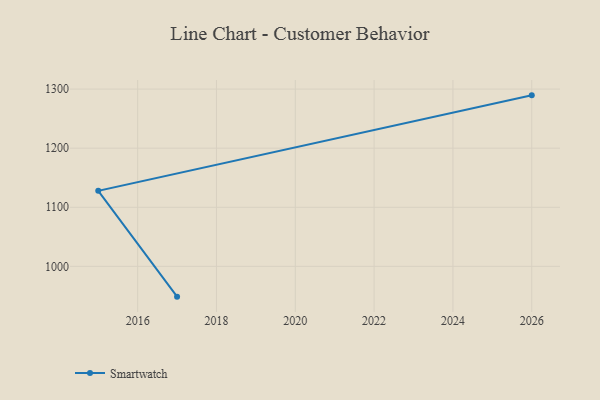
{"axis": {"x": "Year", "y": "Headcount"}, "legend": ["Smartwatch"], "data": [{"x": "2017", "y": 948.7, "type": "Smartwatch"}, {"x": "2015", "y": 1127.8, "type": "Smartwatch"}, {"x": "2026", "y": 1289.4, "type": "Smartwatch"}]}